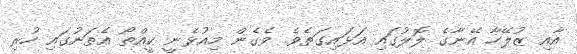
އާއި ޒުލޭހާ އޭނާގެ ލޮލުގައި އަޅައިގަތެވެ. ވެގެން މިއުޅެނީ ކީއްތޯ އެތަނުގައި ހުރި